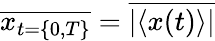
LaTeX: \overline{{x_{t=\{ 0,T\} }}}=\overline{{|\langle x(t)\rangle|}}